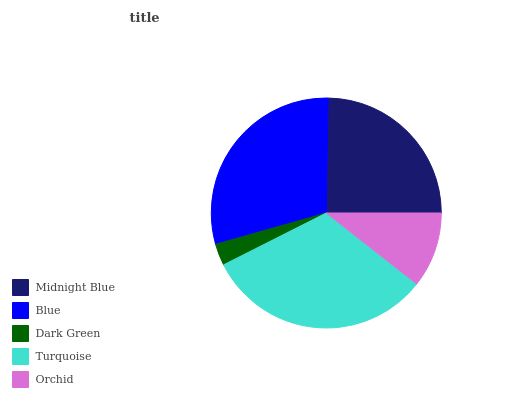
| Midnight Blue | Blue | Dark Green | Turquoise | Orchid |
 | --- | --- | --- | --- | --- |
 | 24.7% | 29.6% | 3.06% | 32% | 10.6% |